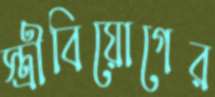
স্ত্রীবিয়োগের